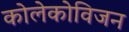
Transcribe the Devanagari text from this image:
कोलेकोविजन